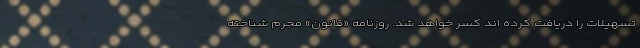
تسهیلات را دریافت کرده اند کسر خواهد شد. روزنامه «قانون» مجرم شناخته